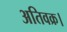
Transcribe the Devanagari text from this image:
अतिवक्र।